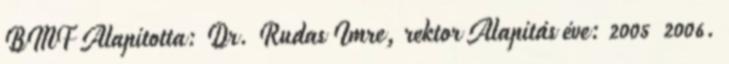
BMF Alapította: Dr. Rudas Imre, rektor Alapítás éve: 2005 2006.